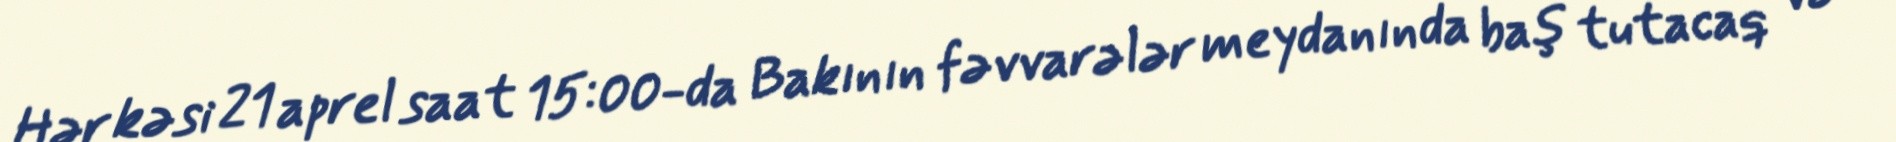
Hər kəsi 21 aprel saat 15:00-da Bakının fəvvarələr meydanında baş tutacaq və